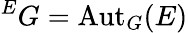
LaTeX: {}^{E}G=\operatorname{Aut}_{G}(E)